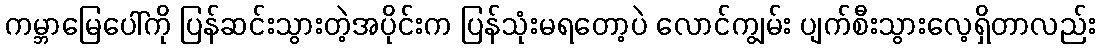
ကမ္ဘာမြေပေါ်ကို ပြန်ဆင်းသွားတဲ့အပိုင်းက ပြန်သုံးမရတော့ပဲ လောင်ကျွမ်း ပျက်စီးသွားလေ့ရှိတာလည်း